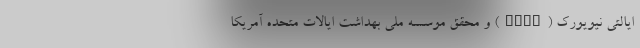
ایالتی نیویورک (SUNY) و محقق موسسه ملی بهداشت ایالات متحده آمریکا